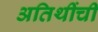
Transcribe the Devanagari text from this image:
अतिथींची